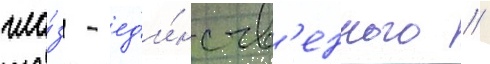
гла́з - ед'и́нств'енного /